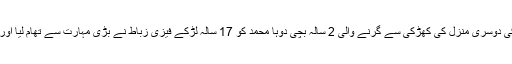
ترک دارالحکومت میں عمارت کی دوسری منزل کی کھڑکی سے گرنے والی 2 سالہ بچی دوہا محمد کو 17 سالہ لڑکے فیزی زباط نے بڑی مہارت سے تھام لیا اور وہ زمین پر گرنے سے بچ گئی۔